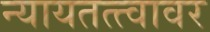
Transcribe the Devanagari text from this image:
न्यायतत्त्वावर